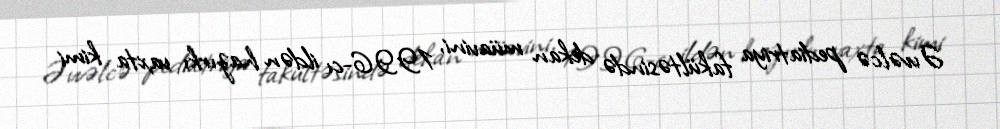
Əvvəlcə pediatriya fakültəsində dekan müavini, 1996-cı ildən hazırkı vaxta kimi